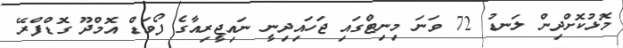
މޮޅުކޮށްދިން ލަނޑު 72 ވަނަ މިނިޓްގައި ޖަހައިދިނީ ނައިޖީރިއާގެ ފޯވަޑް އޮމްދޫ ގޮޑްފްރޭ